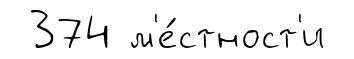
374 м'е́стност'и